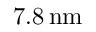
7 . 8 \, \mathrm { n m }